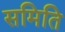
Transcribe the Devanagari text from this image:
समिति